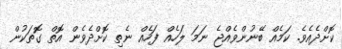
ކޮށްދެއެވެ. ކަމެއް ބޭނުންވެއްޖެ ނަމަ ލަހެއް ފަހެއް ނެތި ކޮށްދެވެން އޮތް ގޮތަކުން